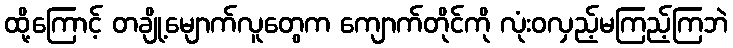
ထို့ကြောင့် တချို့မျောက်လူတွေက ကျောက်တိုင်ကို လုံးဝလှည့်မကြည့်ကြဘဲ